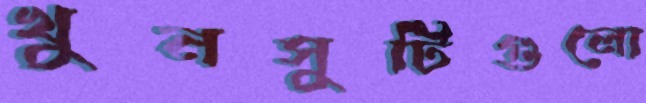
খুনসুটিগুলো